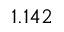
1 . 1 4 2